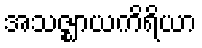
အသဇ္ဈာယကိရိယာ